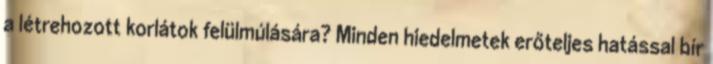
a létrehozott korlátok felülmúlására? Minden hiedelmetek erőteljes hatással bír